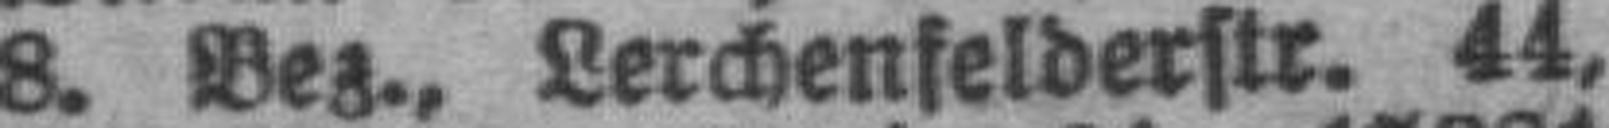
8. Bez., Lerchenfelderstr. 44,